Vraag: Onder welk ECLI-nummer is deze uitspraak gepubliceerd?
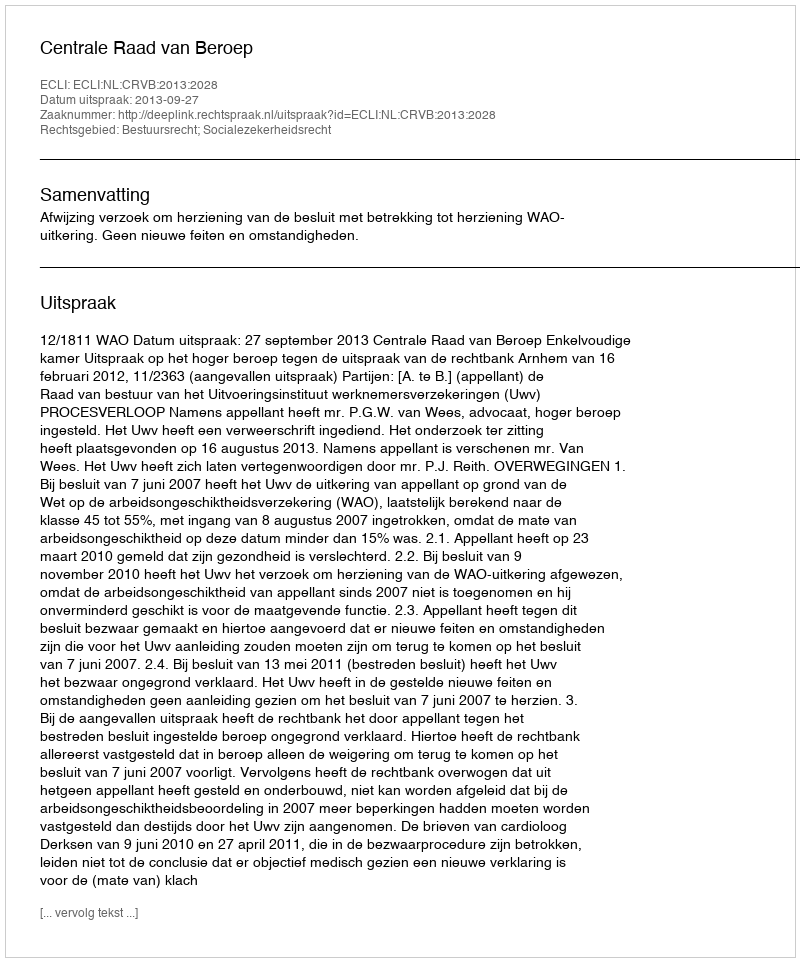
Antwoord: ECLI:NL:CRVB:2013:2028